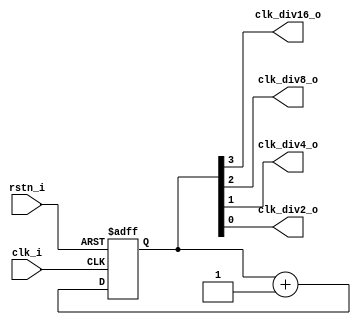
// This program was cloned from: https://github.com/ulixxe/usb_cdc
// License: MIT License


module prescaler
  (
   input  clk_i,
   input  rstn_i,
   output clk_div16_o,
   output clk_div8_o,
   output clk_div4_o,
   output clk_div2_o
   );

   reg [3:0] prescaler_cnt;

   always @(posedge clk_i or negedge rstn_i) begin
      if (~rstn_i) begin
         prescaler_cnt <= 'd0;
      end else begin
         prescaler_cnt <= prescaler_cnt + 1;
      end
   end

   assign clk_div16_o = prescaler_cnt[3];
   assign clk_div8_o = prescaler_cnt[2];
   assign clk_div4_o = prescaler_cnt[1];
   assign clk_div2_o = prescaler_cnt[0];
   
endmodule